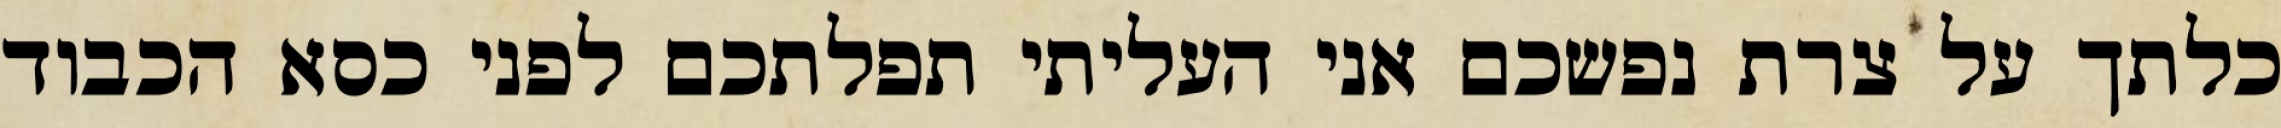
כלתך על צרת נפשכם אני העליתי תפלתכם לפני כסא הכבוד